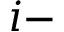
i -